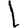
Digit: 1